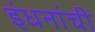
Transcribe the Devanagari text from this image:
इंधनांची